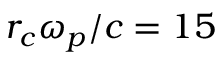
r _ { c } \omega _ { p } / c = 1 5